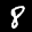
Label: 8